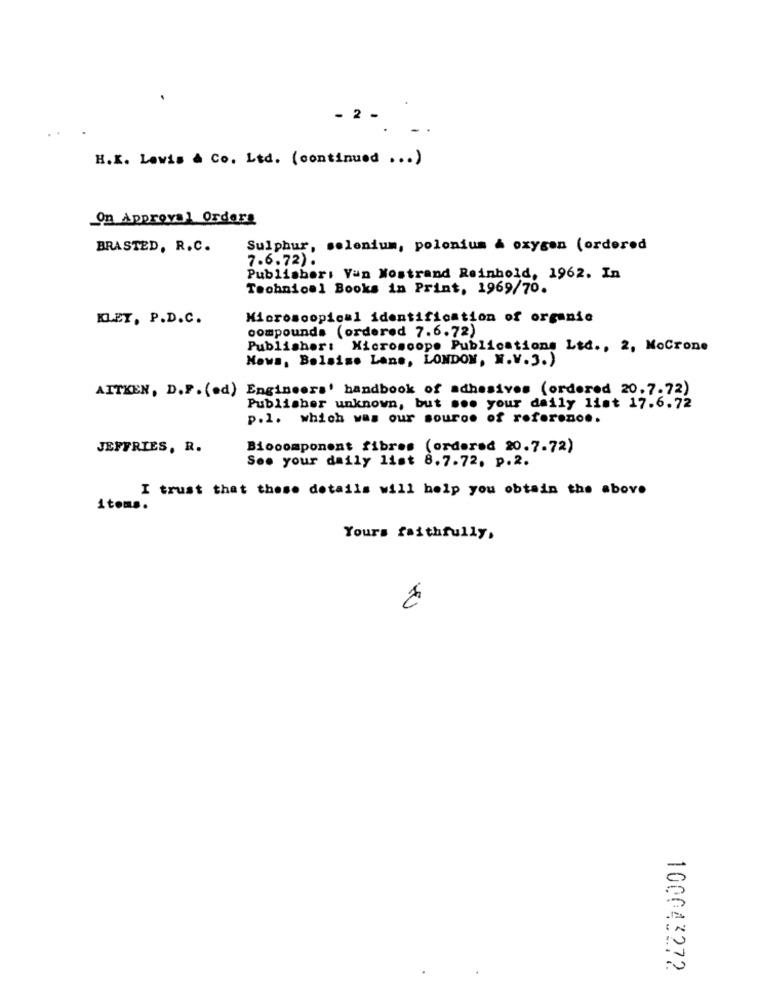
2 -
H.K. Lavis à Co. Ltd. ( continued ... )
On Approval Orders
BRASTED, R.C.
Sulphur, selenium, polonium & oxygen (ordered
7.6.72).
Publisher: Van Nostrand Reinhold, 1962. In
Technical Books in Print, 1969/70.
KLET, P.D.C.
Microscopical identification of organic
compounds (ordered 7.6.72)
Publisher: Microscope Publications Ltd ., 2, MoCrone
News, Balaise Lane, LONDON, N.V.3.)
AITKEN, D.F. (ed) Engineers' handbook of adhesives (ordered 20.7.72)
Publisher unknown, but so. your daily list 17.6.72
p.1. which was our source of refereno ..
JEFFRIES, R.
Biocomponent fibres (ordered 20.7.72)
See your daily list 8.7.72. p.2.
I trust that these details will help you obtain the above
items.
Yours faithfully,
100043272